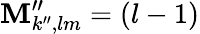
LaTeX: \mathbf{M}_{k^{\prime\prime},lm}^{\prime\prime}=(l-1)